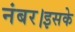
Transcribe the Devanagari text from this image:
नंबर।इसके